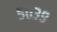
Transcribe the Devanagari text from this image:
५०३९